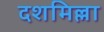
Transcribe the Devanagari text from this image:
दशमिल्ला